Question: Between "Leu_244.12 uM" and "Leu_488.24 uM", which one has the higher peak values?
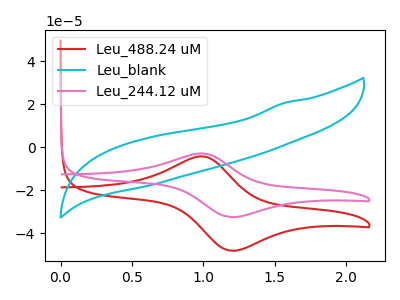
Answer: <think>The red curve "Leu_488.24 uM" has an anodic peak at (1.00V, -4.15uA) and a cathodic peak at (1.20V, -48.00uA). The cyan curve "Leu_blank" has no peaks. The pink curve "Leu_244.12 uM" has an anodic peak at (1.00V, -2.80uA) and a cathodic peak at (1.20V, -32.40uA).</think>
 <answer>The peaks in "Leu_244.12 uM" are neither all higher or all lower than the peaks in "Leu_488.24 uM".</answer>
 <eval>mixed</eval>